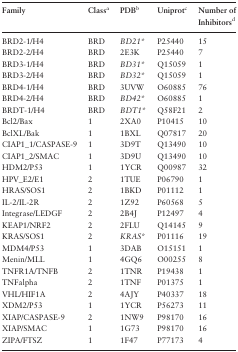
<table><thead><tr><td><b>Family</b></td><td><b>Class<sup>a</sup></b></td><td><b>PDB<sup>b</sup></b></td><td><b>Uniprot<sup>c</sup></b></td><td><b>Number of Inhibitors<sup>d</sup></b></td></tr></thead><tbody><tr><td>BRD2-1/H4</td><td>BRD</td><td><i>BD21</i>*</td><td>P25440</td><td>15</td></tr><tr><td>BRD2-2/H4</td><td>BRD</td><td>2E3K</td><td>P25440</td><td>7</td></tr><tr><td>BRD3-1/H4</td><td>BRD</td><td><i>BD31</i>*</td><td>Q15059</td><td>1</td></tr><tr><td>BRD3-2/H4</td><td>BRD</td><td><i>BD32</i>*</td><td>Q15059</td><td>1</td></tr><tr><td>BRD4-1/H4</td><td>BRD</td><td>3UVW</td><td>O60885</td><td>76</td></tr><tr><td>BRD4-2/H4</td><td>BRD</td><td><i>BD42</i>*</td><td>O60885</td><td>1</td></tr><tr><td>BRDT-1/H4</td><td>BRD</td><td><i>BDT1</i>*</td><td>Q58F21</td><td>2</td></tr><tr><td>Bcl2/Bax</td><td>1</td><td>2XA0</td><td>P10415</td><td>10</td></tr><tr><td>BclXL/Bak</td><td>1</td><td>1BXL</td><td>Q07817</td><td>20</td></tr><tr><td>CIAP1_1/CASPASE-9</td><td>1</td><td>3D9T</td><td>Q13490</td><td>10</td></tr><tr><td>CIAP1_2/SMAC</td><td>1</td><td>3D9U</td><td>Q13490</td><td>10</td></tr><tr><td>HDM2/P53</td><td>1</td><td>1YCR</td><td>Q00987</td><td>32</td></tr><tr><td>HPV_E2/E1</td><td>2</td><td>1TUE</td><td>P06790</td><td>1</td></tr><tr><td>HRAS/SOS1</td><td>2</td><td>1BKD</td><td>P01112</td><td>1</td></tr><tr><td>IL-2/IL-2R</td><td>2</td><td>1Z92</td><td>P60568</td><td>5</td></tr><tr><td>Integrase/LEDGF</td><td>2</td><td>2B4J</td><td>P12497</td><td>4</td></tr><tr><td>KEAP1/NRF2</td><td>2</td><td>2FLU</td><td>Q14145</td><td>9</td></tr><tr><td>KRAS/SOS1</td><td>2</td><td><i>KRAS</i>*</td><td>P01116</td><td>19</td></tr><tr><td>MDM4/P53</td><td>1</td><td>3DAB</td><td>O15151</td><td>1</td></tr><tr><td>Menin/MLL</td><td>1</td><td>4GQ6</td><td>O00255</td><td>8</td></tr><tr><td>TNFR1A/TNFB</td><td>2</td><td>1TNR</td><td>P19438</td><td>1</td></tr><tr><td>TNFalpha</td><td>2</td><td>1TNF</td><td>P01375</td><td>1</td></tr><tr><td>VHL/HIF1A</td><td>2</td><td>4AJY</td><td>P40337</td><td>18</td></tr><tr><td>XDM2/P53</td><td>1</td><td>1YCR</td><td>P56273</td><td>11</td></tr><tr><td>XIAP/CASPASE-9</td><td>2</td><td>1NW9</td><td>P98170</td><td>16</td></tr><tr><td>XIAP/SMAC</td><td>1</td><td>1G73</td><td>P98170</td><td>16</td></tr><tr><td>ZIPA/FTSZ</td><td>1</td><td>1F47</td><td>P77173</td><td>4</td></tr></tbody></table>